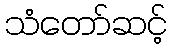
သံတော်ဆင့်